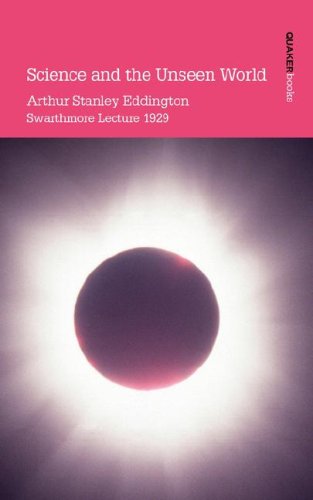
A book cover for Science and the Unseen World; Arthur Stanley Eddington; Christian Books & Bibles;